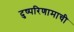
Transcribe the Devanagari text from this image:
दुष्परिणामाची